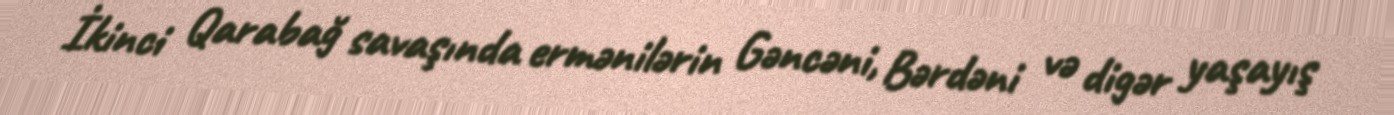
İkinci Qarabağ savaşında ermənilərin Gəncəni, Bərdəni və digər yaşayış